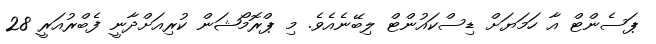
ޕަސެންޓް އާ ހަމަޔަށް ޑިސްކައުންޓް ލިބޭނެއެވެ. މި ޕްރޮމޯޝަން ކުރިއަށްދާނީ ފެބްރުއަރީ 28